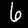
Digit: 6